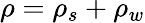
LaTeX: \rho=\rho_{s}+\rho_{w}